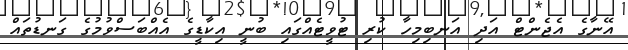
އޭނާގެ އެޖެންޓް އަދި އަނބިމިހާ ކުރި ޓުވީޓެއްގައި ބުނީ އިކާޑީގެ އެއްބަސްވުމުގެ ގަނޑުތައް